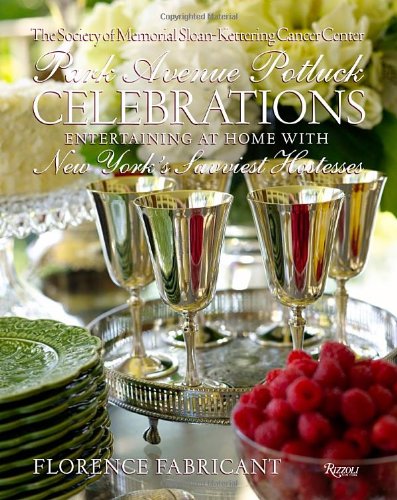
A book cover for Park Avenue Potluck Celebrations: Entertaining at Home with New York's Savviest Hostesses; Society of Memorial Sloan Kettering; Cookbooks, Food & Wine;